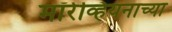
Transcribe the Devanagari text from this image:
मॉरेव्हियनाच्या